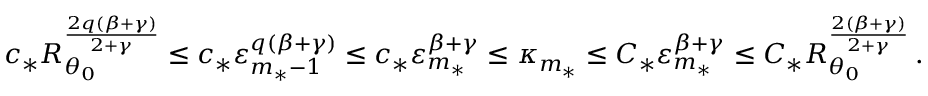
c _ { * } R _ { \theta _ { 0 } } ^ { \frac { 2 q ( \beta + \gamma ) } { 2 + \gamma } } \leq c _ { * } \varepsilon _ { m _ { * } - 1 } ^ { q ( \beta + \gamma ) } \leq c _ { * } \varepsilon _ { m _ { * } } ^ { \beta + \gamma } \leq \kappa _ { m _ { * } } \leq C _ { * } \varepsilon _ { m _ { * } } ^ { \beta + \gamma } \leq C _ { * } R _ { \theta _ { 0 } } ^ { \frac { 2 ( \beta + \gamma ) } { 2 + \gamma } } \, .